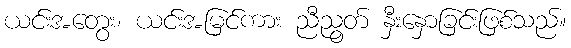
ယင်းအတွေး၊ ယင်းအမြင်ကား ညီညွတ် နှီးနှောခြင်းဖြစ်သည်။